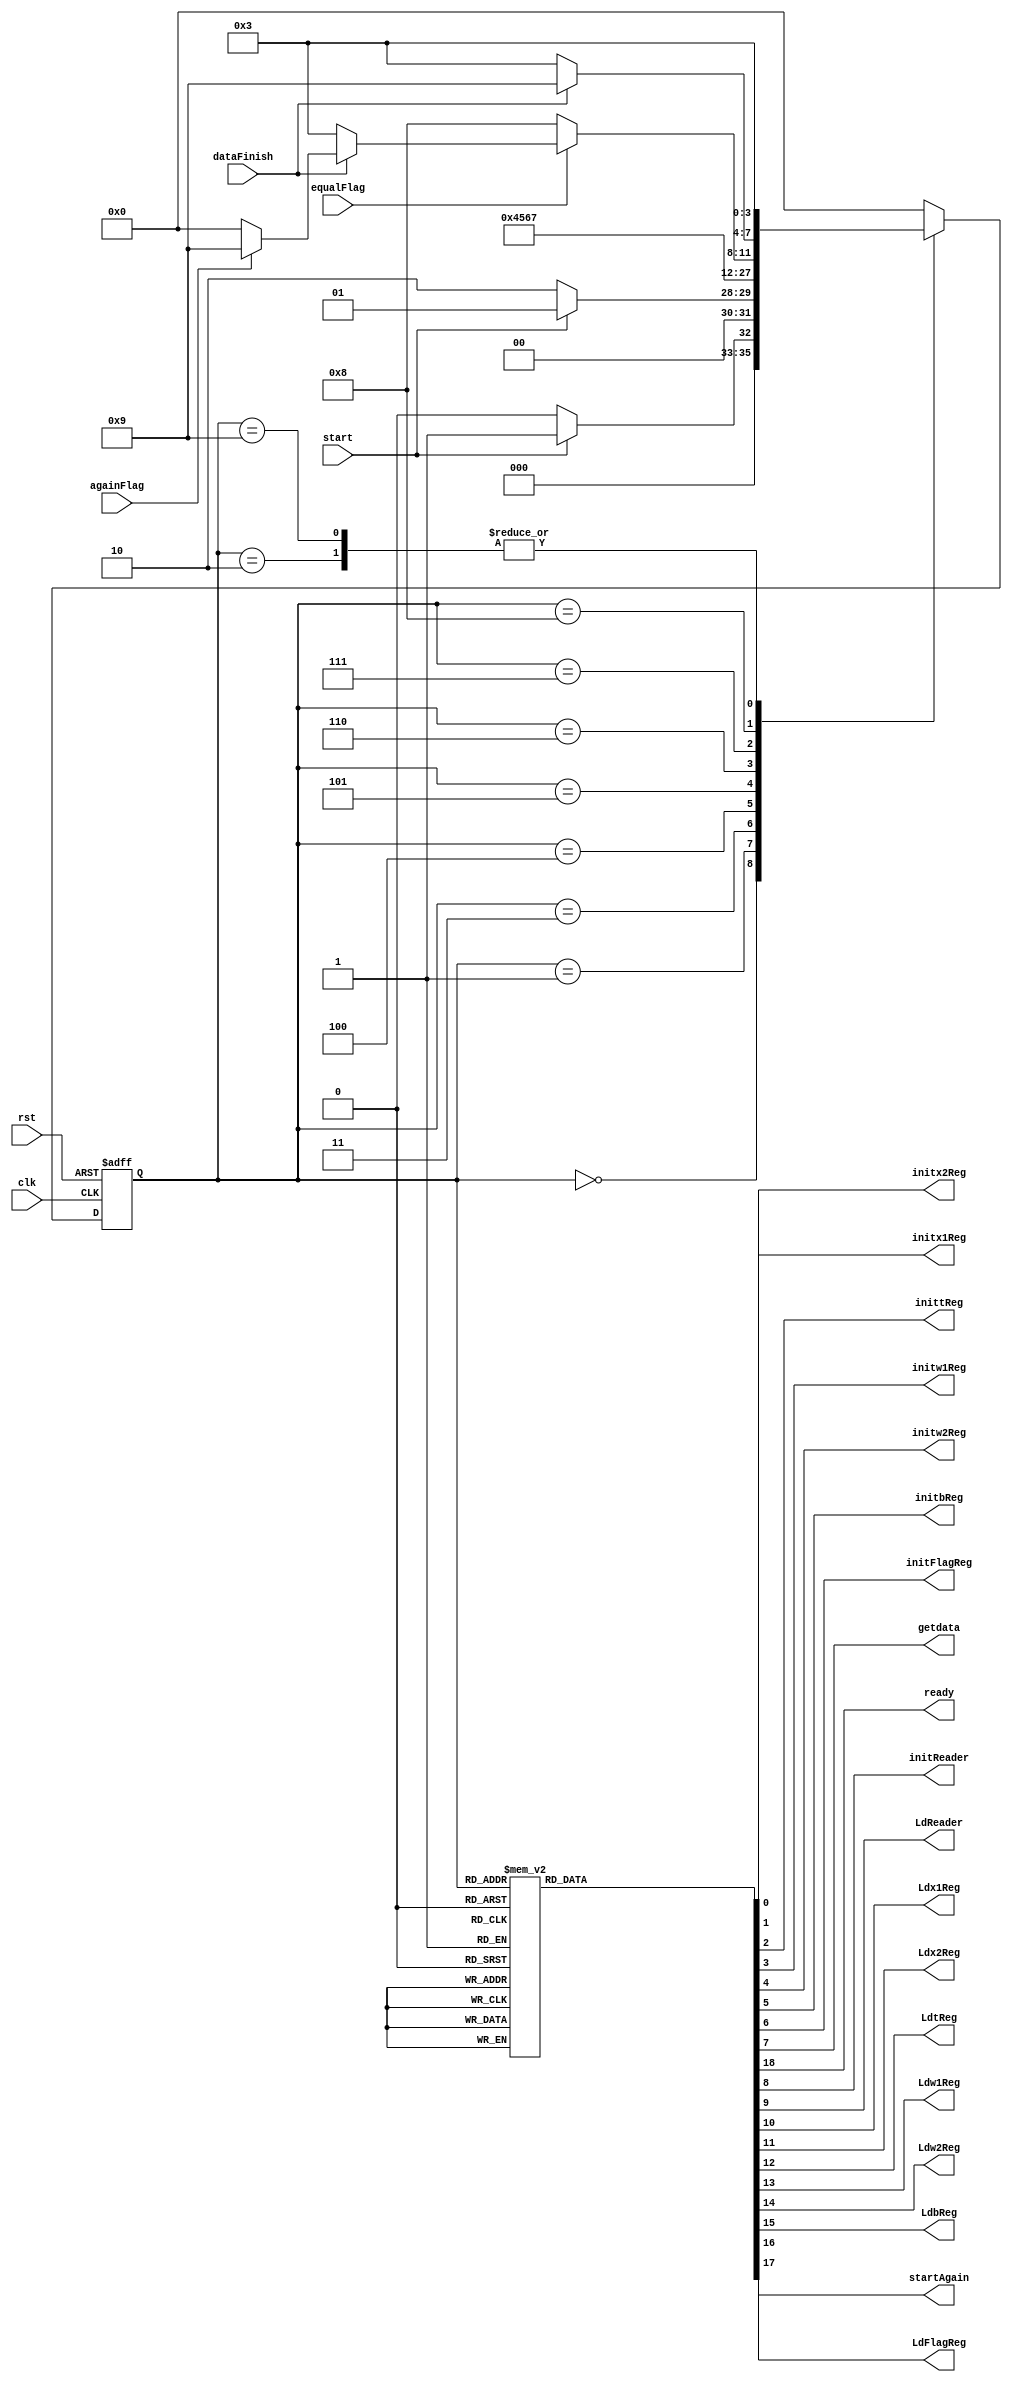
module Controller (input clk, rst,
	input start, dataFinish, equalFlag, againFlag,
	output reg initx1Reg, initx2Reg, inittReg, initw1Reg, initw2Reg, initbReg, initFlagReg, getdata,
	 ready, initReader, LdReader, Ldx1Reg, Ldx2Reg, LdtReg, Ldw1Reg, Ldw2Reg, LdbReg, LdFlagReg, startAgain);

	reg [3:0] presentStage, nextStage;

	always @(posedge clk or posedge rst) begin
		if (rst) presentStage = 0;
		else presentStage = nextStage;
	end

	always @(presentStage, start, dataFinish, equalFlag, againFlag) begin
		case(presentStage)
			0: nextStage = start ? 1 : 0;
			1: nextStage = !start ? 2 : 1;
			2: nextStage = 3;
			3: nextStage = 4;
			4: nextStage = 5;
			5: nextStage = 6;
			6: nextStage = 7;
			7: nextStage = !equalFlag ? 8 :
							!dataFinish ? 3 :
							againFlag ? 9 : 0;
			8: nextStage = dataFinish ? 9 : 3;
			9: nextStage = 3;
			default: nextStage = 0;
		endcase
	end

	always @(presentStage) begin
		{initx1Reg, initx2Reg, inittReg, initw1Reg, initw2Reg, initbReg, initFlagReg, ready, initReader, getdata,
			LdReader, Ldx1Reg, Ldx2Reg, LdtReg, Ldw1Reg, Ldw2Reg, LdbReg, LdFlagReg, startAgain} = 19'b 0;
	
		case(presentStage)
			0: begin
				ready = 1;
			end
			1:{initx1Reg, initx2Reg, inittReg, initw1Reg, initw2Reg, initbReg, initFlagReg, initReader} = 8'b 11111111;
			2: LdReader = 1;
			3: {Ldx1Reg, getdata} = 2'b 11;
			4: {Ldx1Reg, getdata} = 2'b 11;
			5: {Ldx2Reg, getdata} = 2'b 11;
			6: LdtReg = 1;
			7: ;
			8:{LdbReg, Ldw1Reg, Ldw2Reg, LdFlagReg} = 4'b 1111;
			9:{startAgain, initFlagReg} = 2'b 11;
		endcase
	end
	
endmodule